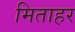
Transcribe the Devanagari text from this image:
मिताहर